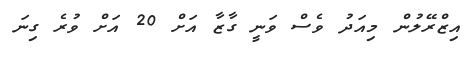
އިޒްރޭލުން މިއަދު ވެސް ވަނީ ގާޒާ އަށް 20 އަށް ވުރެ ގިނަ